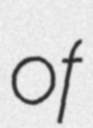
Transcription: of